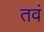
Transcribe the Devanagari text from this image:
तवं